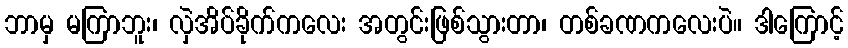
ဘာမှ မကြာဘူး၊ လှဲအိပ်ခိုက်ကလေး အတွင်းဖြစ်သွားတာ၊ တစ်ခဏကလေးပဲ။ ဒါကြောင့်